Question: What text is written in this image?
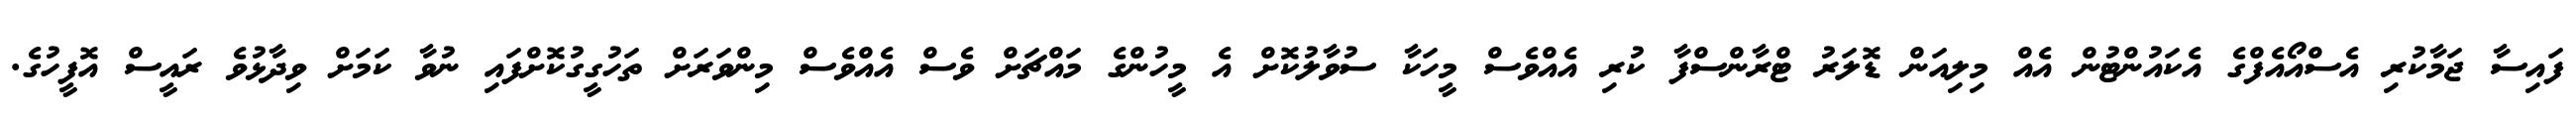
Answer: ފައިސާ ޖަމާކުރި އެސްއޯއެފްގެ އެކައުންޓުން އެއް މިލިއަން ޑޮލަރު ޓްރާންސްފާ ކުރި އެއްވެސް މީހަކާ ސުވާލުކޮށް އެ މީހުންގެ މައްޗަށް ވެސް އެއްވެސް މިންވަރަށް ތަހުގީގުކޮށްފައި ނުވާ ކަމަށް ވިދާޅުވެ ރައީސް އޮފީހުގެ.